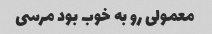
معمولی رو به خوب بود مرسی